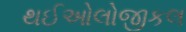
થઈઓલોજીકલ